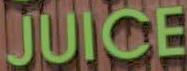
JUICE